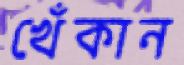
খেঁকান